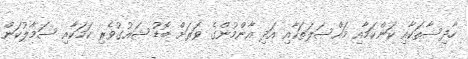
ހާދިސާތަކާއި ކަންކަމާއި މައްސަލަތަކާއިި އަދި އާންމުންގެ ވަރަށް ބޮޑު ޝައުގުވެރި ކަމަކާއި ސަމާލުކަން